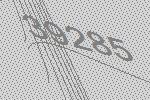
39285